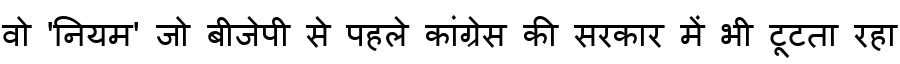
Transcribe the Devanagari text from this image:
वो 'नियम' जो बीजेपी से पहले कांग्रेस की सरकार में भी टूटता रहा